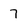
Character: 7